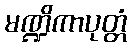
မဏ္ဍိကာပုတ္တံ